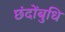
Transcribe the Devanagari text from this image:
छंदोंबुधि